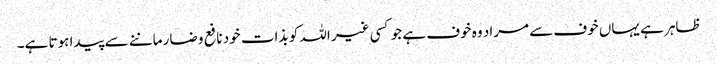
ظاہر ہے یہاں خوف سے مراد وہ خوف ہے جو کسی غیر اللہ کو بذات خود نافع و ضار ماننے سے پیدا ہوتا ہے۔